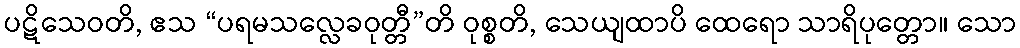
ပဋိသေဝတိ, ဧသ “ပရမသလ္လေခဝုတ္တီ”တိ ဝုစ္စတိ, သေယျထာပိ ထေရော သာရိပုတ္တော။ သော